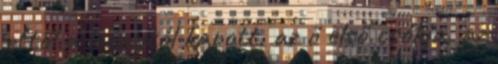
ettől a leánytól kapott. az ő első csókja, az